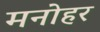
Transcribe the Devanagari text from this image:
मनाेहर